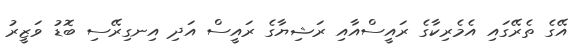
އޭގެ ތެރޭގައި އެމެރިކާގެ ރައީސްއާއި ރަޝިޔާގެ ރައީސް އަދި އިނގިރޭސި ބޮޑު ވަޒީރު